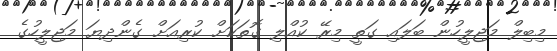
މިބިލް މަޖިލީހުން ބަލައި ގަތީ މިރޭ ކުއްލި ގޮތަކަށް ކުރިއަށް ގެންދިޔަ މަޖިލީހުގެ